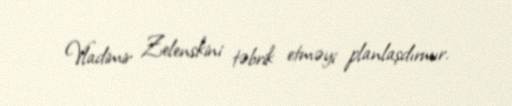
Vladimir Zelenskini təbrik etməyi planlaşdırmır.